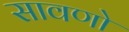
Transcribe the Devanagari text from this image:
सावणो